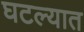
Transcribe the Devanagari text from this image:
घटल्यात